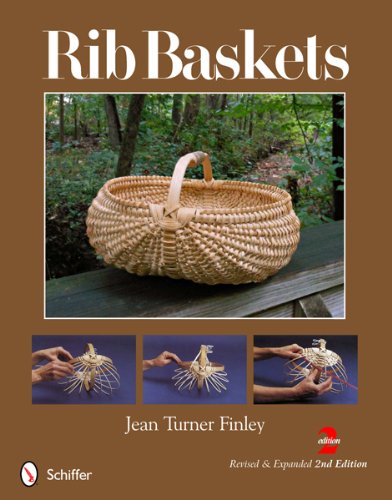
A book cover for Rib Baskets, Revised & Expanded 2nd Edition; Jean Turner Finley; Crafts, Hobbies & Home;